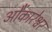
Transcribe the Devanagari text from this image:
ओेंकारेश्वर